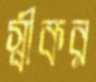
স্বীকর